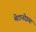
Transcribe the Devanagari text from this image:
मेटानोइया